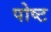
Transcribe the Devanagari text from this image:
पोष्‍ट